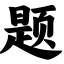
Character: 题